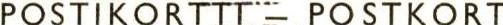
POSTIKORTTT- POSTKORT